Vaccination North-Western Provinces and Oudh 1896-1901 - 1896-1901
Year: 1896
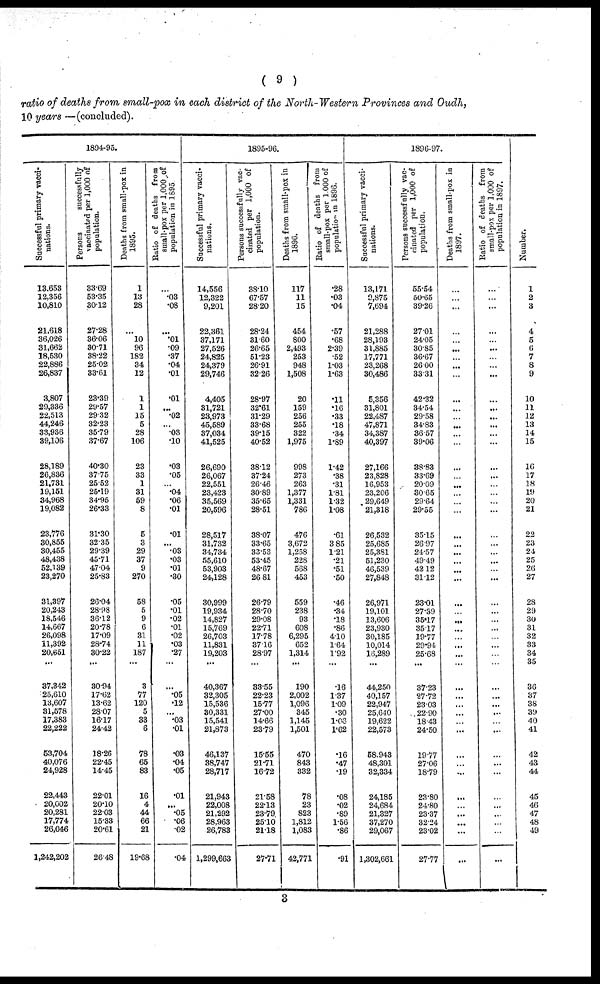
( 9 )
ratio of deaths from small-pox in each district of the North-Western Provinces and Oudh,
10 years —(concluded).
1894-95.
Successful primary vacci-
nations.
13,653
12,356
10,810
21,618
36,026
31,662
18,530
22,886
26,837
3,807
29,336
22,513
44,246
33,936
39,106
28,189
26,836
21,731
19,151
34,968
19,082
23,776
30,855
30,455
48,438
52,139
23,270
31,397
20,243
18,546
14,667
26,098
11,392
20,651
...
37,342
25,610
13,607
31,578
17,383
22,222
53,704
40,076
24,928
22,443
20,002
20,281
17,774
26,046
1,242,202
Persons
successfully
vaccinated per 1,000 of
population.
33.69
53.35
30.12
27.28
36.06
30.71
38.22
25.02
33.61
23.39
29.57
29.32
32.23
35.79
37.67
40.30
37.75
25.52
25.19
34.95
26.33
31.30
32.35
29.39
45.71
47.04
25.83
26.04
28.98
36.12
20.78
17.09
28.74
30.22
...
30.94
17.62
13.62
28.07
16.17
24.42
18.26
22.45
14.45
22.01
20.10
22.03
15.33
20.61
26.48
Deaths from small-pox in
1895.
1
13
28
...
10
96
182
34
12
1
1
15
5
28
106
23
33
1
31
59
8
5
3
29
37
9
270
58
5
9
6
31
11
187
...
3
77
120
5
33
6
78
65
83
16
4
44
66
21
19.68
Ratio of deaths from
small-pox per 1,000 of
population in 1895
...
.03
.08
...
.01
.09
.37
.04
.01
.01
...
.02
...
.03
.10
.03
.05
...
.04
.06
.01
.01
...
.03
.03
.01
.30
.05
.01
.02
.01
.02
.03
.27
...
...
.05
.12
...
.03
.01
.03
.04
.05
.01
...
.05
.06
.02
.04
1895-96.
Successful primary vacci-
nations.
14,556
12,322
9,201
22,361
37,171
27,526
24,825
24,379
29,746
4,405
31,721
23,973
45,589
37,034
41,525
26,690
26,067
22,551
23,423
35,569
20,596
28,517
31,732
34,734
55,610
53,903
24,128
30,999
19,934
14,827
15,769
26,703
11,831
19,203
...
40,367
32,305
15,536
30,331
15,541
21,873
46,137
38,747
28,717
21,943
22,008
21,292
28,963
26,783
1,299,663
Persons successfully vac-
cinated per 1,000 of
population.
38.10
67.57
28.20
28.24
31.60
26.65
51.23
26.91
32.26
28.97
32.61
31.29
33.68
39.15
40.52
38.12
37.24
26.46
30.89
35.65
28.51
38.07
33.65
33.53
53.45
48.67
26.81
26.79
28.70
29.08
22.71
17.78
37.16
28.97
...
33.55
22.23
15.77
27.00
14.66
23.79
15.55
21.71
16.72
21.58
22.13
23.79
25.10
21.18
27.71
Deaths from small-pox in
1896.
117
11
15
454
800
2,493
253
948
1,508
20
159
256
255
322
1,975
998
273
263
1,377
1,331
786
476
3,672
1,258
228
568
453
559
238
93
608
6,295
652
1,314
...
190
2,002
1,096
345
1,145
1,501
470
843
332
78
23
823
1,812
1,083
42,771
Ratio of deaths from
small-pox per 1,000 of
population in 1896.
.28
.03
.04
.57
.68
2.39
.52
1.03
1.63
.11
.16
.33
.18
.34
1.89
1.42
.38
.31
1.81
1.32
1.08
.61
3.85
1.21
.21
.51
.50
.46
.34
.18
.86
4.10
1.64
1.92
...
.16
1.37
1.09
.30
1.06
1.62
.16
.47
.19
.08
.02
.89
1.56
.86
.91
1896-97.
Successful primary vacci-
nations.
13,171
9,875
7,694
21,288
28,193
31,885
17,771
23,268
30,486
5,356
31,801
22,487
47,871
34,387
40,397
27,166
23,828
16,953
23,206
29,649
21,318
26,532
25,685
25,381
51,230
46,539
27,848
26,971
19,101
13,606
23,930
30,185
10,014
16,289
...
44,250
40,157
22,947
25,640
19,622
22,573
58,943
48,301
32,334
24,185
24,684
21,327
37,270
29,067
1,302,661
Persons successfully vac-
cinated per 1,000 of
population.
55.54
50.65
39.26
27.01
24.05
30.85
36.67
26.00
33.31
42.32
34.54
29.58
34.83
36.57
39.06
38.83
33.69
20.09
30.65
29.64
29.55
35.15
26.97
24.57
49.49
42.12
31.12
23.01
27.39
35.17
35.17
19.77
29.94
25.68
...
37.23
27.72
23.03
22.90
18.43
24.50
19.77
27.06
18.79
23.80
24.80
23.37
32.24
23.02
27.77
Deaths from small-pox in
1897.
...
...
...
...
...
...
...
...
...
...
...
...
...
...
...
...
...
...
...
...
...
...
...
...
...
...
...
...
...
...
...
...
...
...
...
...
...
...
...
...
...
...
...
...
...
...
...
...
...
...
Ratio of deaths from
small-pox per 1,000 of
population in 1897.
...
...
...
...
...
...
...
...
...
...
...
...
...
...
...
...
...
...
...
...
...
...
...
...
...
...
...
...
...
...
...
...
...
...
...
...
...
...
...
...
...
...
...
...
...
...
...
...
...
...
Number.
1
2
3
4
5
6
7
8
9
10
11
12
13
14
15
16
17
18
19
20
21
22
23
24
25
26
27
28
29
30
31
32
33
34
35
36
37
38
39
40
41
42
43
44
45
46
47
48
49
3